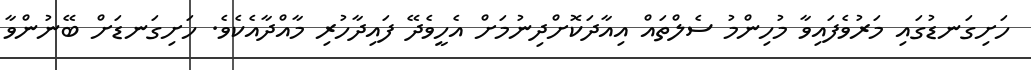
ހަށިގަނޑުގައި މަރުވެފައިވާ މުހިންމު ސެލްތައް އިއާދަކޮށްދިނުމަށް އެހީވެދޭ ފައިދާހުރި މާއްދާއެކެވެ. ހަށިގަނޑަށް ބޭނުންވާ